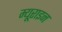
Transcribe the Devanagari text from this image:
म्यूराइन